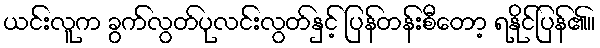
ယင်းလူက ခွက်လွတ်ပုလင်းလွတ်နှင့် ပြန်တန်းစီတော့ ရနိုင်ပြန်၏။